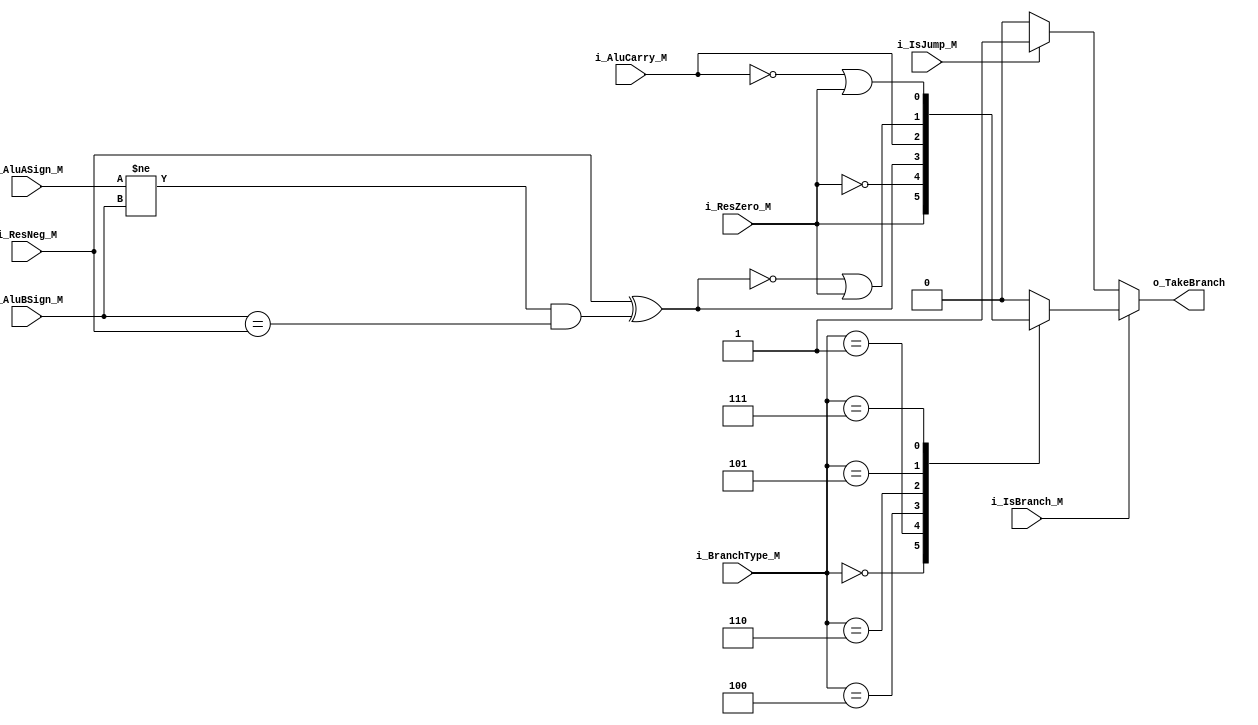
`timescale 1ns / 1ps

module BranchUnit(
    input i_IsJump_M,
    input i_IsBranch_M,
    input [2:0] i_BranchType_M,

    input i_AluASign_M,
    input i_AluBSign_M,
    input i_AluCarry_M,
    input i_ResZero_M,
    input i_ResNeg_M,

    output reg o_TakeBranch
    );
    
    initial begin
        o_TakeBranch <= 1'b0;
    end

    parameter BEQ  = 3'b000;
    parameter BNE  = 3'b001;
    parameter BLT  = 3'b100;
    parameter BLTU = 3'b110;
    parameter BGE  = 3'b101;
    parameter BGEU = 3'b111;

    wire w_Overflow = (i_AluASign_M != i_AluBSign_M) &&(i_AluBSign_M == i_ResNeg_M);

    always @(*)begin
        o_TakeBranch <= 1'b0;

        if(i_IsBranch_M)begin
            case (i_BranchType_M)
                BEQ:begin
                    o_TakeBranch <= i_ResZero_M;
                end
                BNE:begin
                    o_TakeBranch <= !i_ResZero_M; 
                end
                BLT:begin
                    o_TakeBranch <= i_ResNeg_M ^ w_Overflow;
                end
                BLTU:begin
                    o_TakeBranch <= i_AluCarry_M;
                end
                BGE:begin
                    o_TakeBranch <= !(i_ResNeg_M ^ w_Overflow) || i_ResZero_M;
                end
                BGEU:begin
                    o_TakeBranch <= (!i_AluCarry_M) || i_ResZero_M;
                end
            endcase
        end else if(i_IsJump_M)begin
            o_TakeBranch <= 1'b1;
        end
    end

endmodule